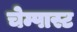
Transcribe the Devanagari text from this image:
चेम्पास्ट